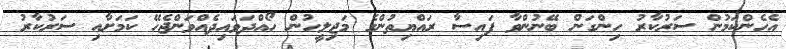
އެހެންކަމުން ސަރުކާރު ހިންގަން ބޭނުންވާ ފައިސާ ރައްޔިތުންގެ މަޖިލީހުން ހޯއްދަވައިދެއްވަންޖެހޭ ކަމަށާއި ސަރުކާރު